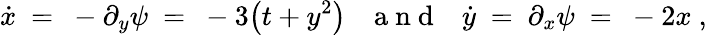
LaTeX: \dot{x}\ =\ -\partial_{y}\psi\ =\ -3\big(t+y^{2}\big){~~~\mathrm{~a~n~d~}~~~}\dot{y}\ =\ \partial_{x}\psi\ =\ -2x~,